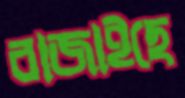
বাজাইছে